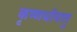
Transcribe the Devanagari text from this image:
कृष्णधीनातु